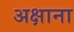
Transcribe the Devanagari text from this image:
अक्षाना